Reports on military cantonments and civil stations in the Presidency of Bombay inspected by the Sanitary Commissioner in the years 1875 and 1876
Year: 1875
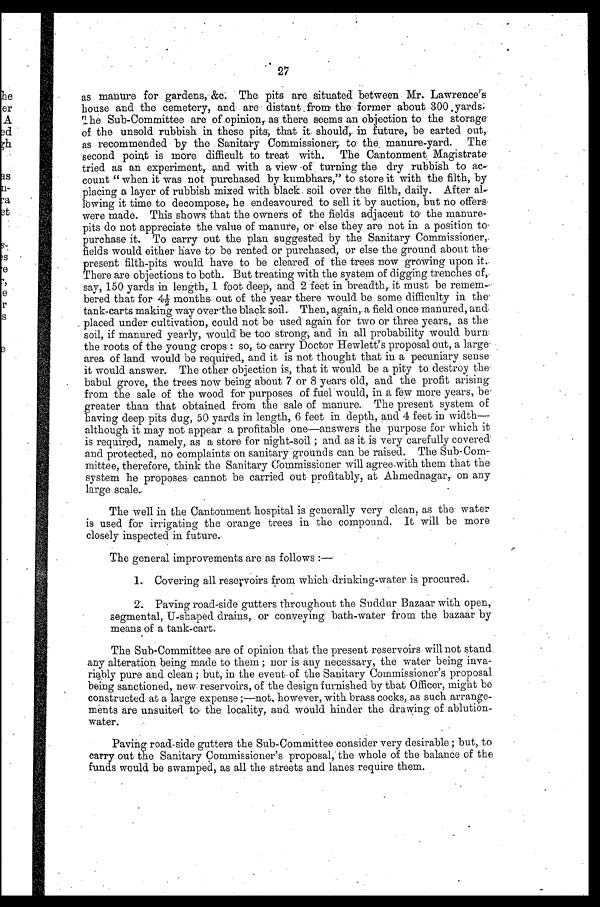
27
as manure for gardens, &c. The pits are situated between Mr. Lawrences
house and the cemetery, and are distant from the former about 300 , yards.
The Sub-Committee are of opinion, as there seems an objection to the storage
of the unsold rubbish in these pits, that it should, in future, be carted out,
as recommended by the Sanitary Commissioners, to the . manure-yard. The
second point is more difficult to treat with. The Cantonment. Magistrate
tried as an experiment,, and with a view of turning the dry rubbish to ac-
count " when it was not purchased by kumbhars," to store it with the filth, by
placing a layer of rubbish mixed with black soil over the filth, daily. After a1-
lowing it time to decompose,. he endeavoured to sell it by auction, but no offers,
were made. This shows that the owners of the fields adjacent to the manure-
pits do not appreciate the value of manure, or else they are not in a position to
purchase it. To carry out the plan suggested by the Sanitary Conamissioner,
fields would either have to be rented or purchased, or else the ground about the
present filth-pits would have to be cleared of the trees now growing upon it.
There are objections to both. But treating with the system of digging trenches of,
say, 150 yards in length, 1 foot deep, and 2 feet in breadth,. it must be remem-
be r e d t ha t f or 4½ mont hs , out of t he ye a r t he r e woul d be s ome di f f i c ul t y i n t he
tank-carts making way over-the black soil.. Then, again,. a field once manured, and,
placed under cultivation, could not be used again for two or three years, as the
soil, if manured yearly, would be too strong; and in all probability would burn.
the roots of the young crops : so, to carry Doctor Hewlett's proposal out, a large
area of land would be required, and it is not thought that in a pecuniary sense
it would answer.. The other objection is, that it would be a pity to destroy the
babul grove, the trees now being about 7 or 8 years old, and the profit arising
from the sale of the wood for purposes of fuel would, in a few more years, be
greater than that obtained from the sale of manure.. The present system of
having deep pits dug, 50 yards in length, 6 feet in depth, and 4 feet in width—
although it may not appear a profitable one—answers the purpose for which it
is required, namely, as a store for night-soil ; and as it is very carefully covered
and protected, no complaints on sanitary grounds can be raised. The Sub-Com-
mittee, therefore, think the Sanitary Commissioner will agree-with them ' that the
system he proposes cannot be carried out profitably, at Ahmednagar, on any
large scale.-
The well in the Cantonment hospital is generally very clean, as the water
is used for irrigating the orange trees in the compound. It will be more
closely inspected in future..
The general improvements are as follows :—
1.Covering all reservoirs from which drinking-water is procured.
2. Paving road-side gutters throughout the Suddur Bazaar with open,
segmental, U-shaped drains, or conveying bath-water from the bazaar by
means of a. tank-cart.
The Sub-Committee are of opinion that the present reservoirs will not stand
any alteration being made to them ; nor is any necessary, the water being inva-
riably pure and clean ; but, in the event, of the Sanitary Commissioner's proposal
being sanctioned, new reservoirs, of the design furnished by that Officer, might be
constructed at a large expense ;—not, however, with brass cocks, as such arrange-
ments are unsuited to the locality, and would hinder the drawing of ablution-
water.
Paving road-side gutters the Sub-Committee consider very desirable ; but, to
carry out the Sanitary Commissioner's proposal, the whole of the balance of the
funds would be swamped, as all , the . streets and lanes require them.